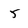
Character: 5